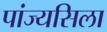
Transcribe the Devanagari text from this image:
पांज्यसिला